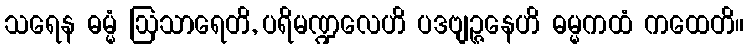
သရေန ဓမ္မံ ဩသာရေတိ, ပရိမဏ္ဍလေဟိ ပဒဗျဉ္ဇနေဟိ ဓမ္မကထံ ကထေတိ။